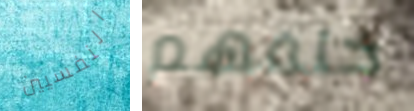
النفسيين خلفهم